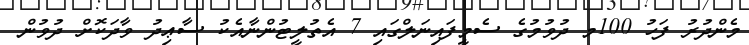
މެންދުރު ފަހު 100މ ދުވުމުގެ ސެމީފައިނަލްގައި 7 އެތުލީޓުންނާއެކު ސާޢިދު ވާދަކޮށް ދުވުން